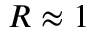
R \approx 1